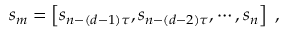
s _ { m } = \left[ s _ { n - ( d - 1 ) \tau } , s _ { n - ( d - 2 ) \tau } , \cdots , s _ { n } \right] \; ,